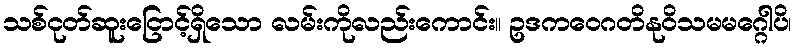
သစ်ငုတ်ဆူးငြောင့်ရှိသော လမ်းကိုလည်းကောင်း။ ဥဒကဝေဂတိနုဝိသမမဂ္ဂေါပိ၊